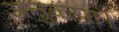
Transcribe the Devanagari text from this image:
अनुकंपा।